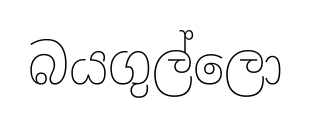
බයගුල්ලො